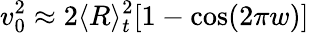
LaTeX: v_{0}^{2}\approx 2\langle R\rangle_{t}^{2}[1-\cos(2\pi w)]